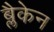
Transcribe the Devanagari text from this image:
ब्लैकेन